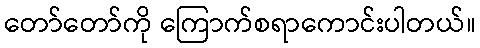
တော်တော်ကို ကြောက်စရာကောင်းပါတယ်။